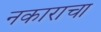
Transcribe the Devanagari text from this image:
नकाराचा